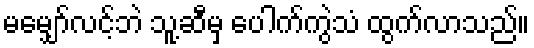
မမျှော်လင့်ဘဲ သူ့ဆီမှ ပေါက်ကွဲသံ ထွက်လာသည်။